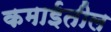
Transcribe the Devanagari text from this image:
कमाईतील